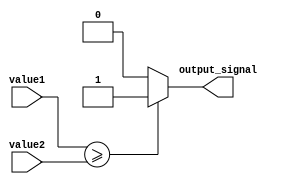
module greater_than_equal_comp (
    input signed [7:0] value1,
    input signed [7:0] value2,
    output reg output_signal
);

always @* begin
    if (value1 >= value2) begin
        output_signal = 1;
    end else begin
        output_signal = 0;
    end
end

endmodule